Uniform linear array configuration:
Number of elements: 24
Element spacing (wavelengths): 0.25
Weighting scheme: hamming
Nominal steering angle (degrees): -45
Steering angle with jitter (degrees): -46.083
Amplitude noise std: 0.05
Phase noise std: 0.05

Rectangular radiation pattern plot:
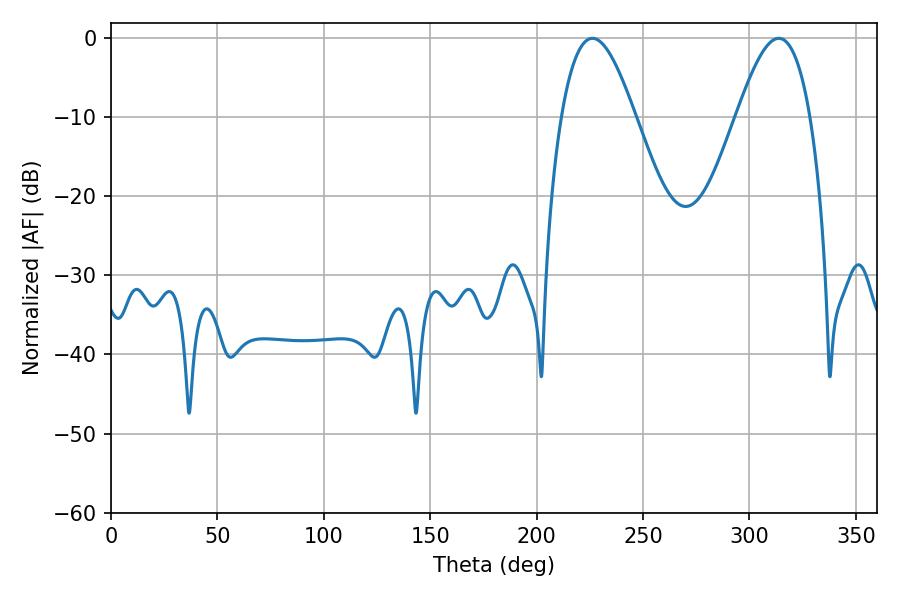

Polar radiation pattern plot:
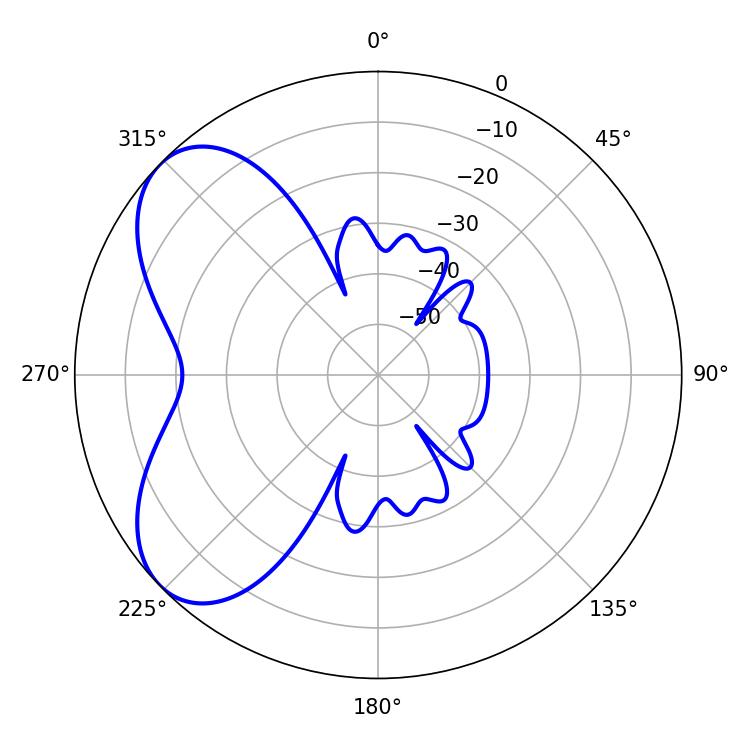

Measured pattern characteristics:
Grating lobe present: FALSE
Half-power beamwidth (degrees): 18.9
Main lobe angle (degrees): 226.26